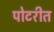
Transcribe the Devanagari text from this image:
पोटरीत